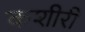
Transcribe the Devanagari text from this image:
कशीरी